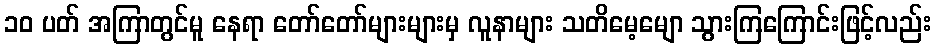
၁၀ ပတ် အကြာတွင်မူ နေရာ တော်တော်များများမှ လူနာများ သတိမေ့မျော သွားကြကြောင်းဖြင့်လည်း